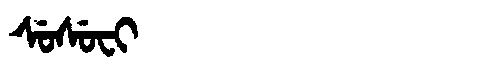
Manchu: ᠰᡠᠰᡠᠸᡳ
Romanization: SUSUFI